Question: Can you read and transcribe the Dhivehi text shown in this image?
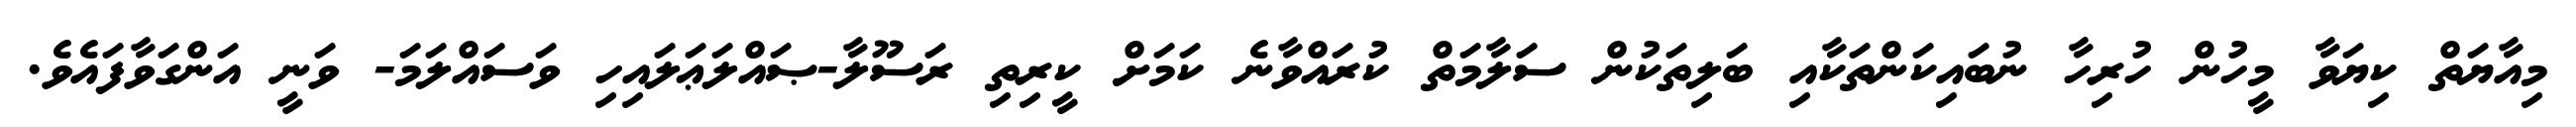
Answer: މިއާޔަތް ކިޔަވާ މީހުން ހުރިހާ ނުބައިކަންތަކާއި ބަލިތަކުން ސަލާމަތް ކުރައްވާނެ ކަމަށް ކީރިތި ރަސޫލާ-ޞައްލަޢަލައިހި ވަސައްލަމަ- ވަނީ އަންގަވާފައެވެ.